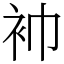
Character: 䘜